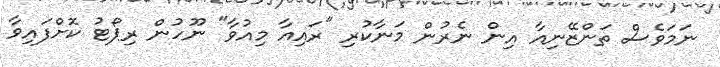
ނަމަވެސް ތަންޒޭނިއާ އިން ނެރުން މަނާކުރި "ރައިއާ މިއުވާ" ނޫހުން ރިޕޯޓު ކޮށްފައިވާ